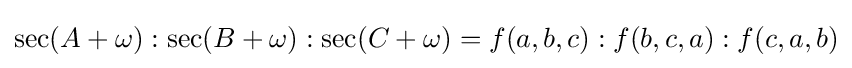
\sec(A+\omega ):\sec(B+\omega ):\sec(C+\omega )=f(a,b,c):f(b,c,a):f(c,a,b)